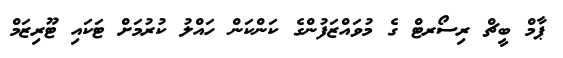
ޕާމް ބީޗް ރިސޯރޓް ގެ މުވައްޒަފުންގެ ކަންކަން ހައްލު ކުރުމަށް ޓަކައި ޓޫރިޒަމް